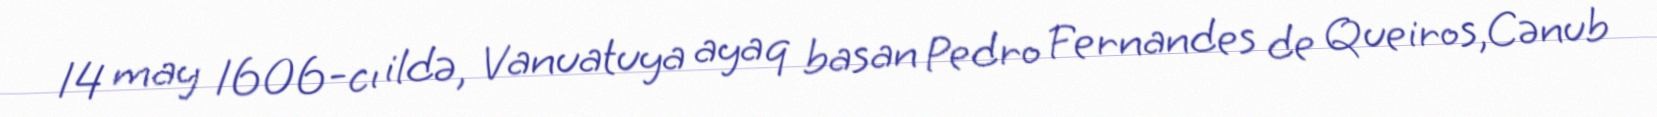
14 may 1606-cı ildə, Vanuatuya ayaq basan Pedro Fernandes de Queiros,Cənub